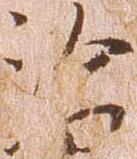
治